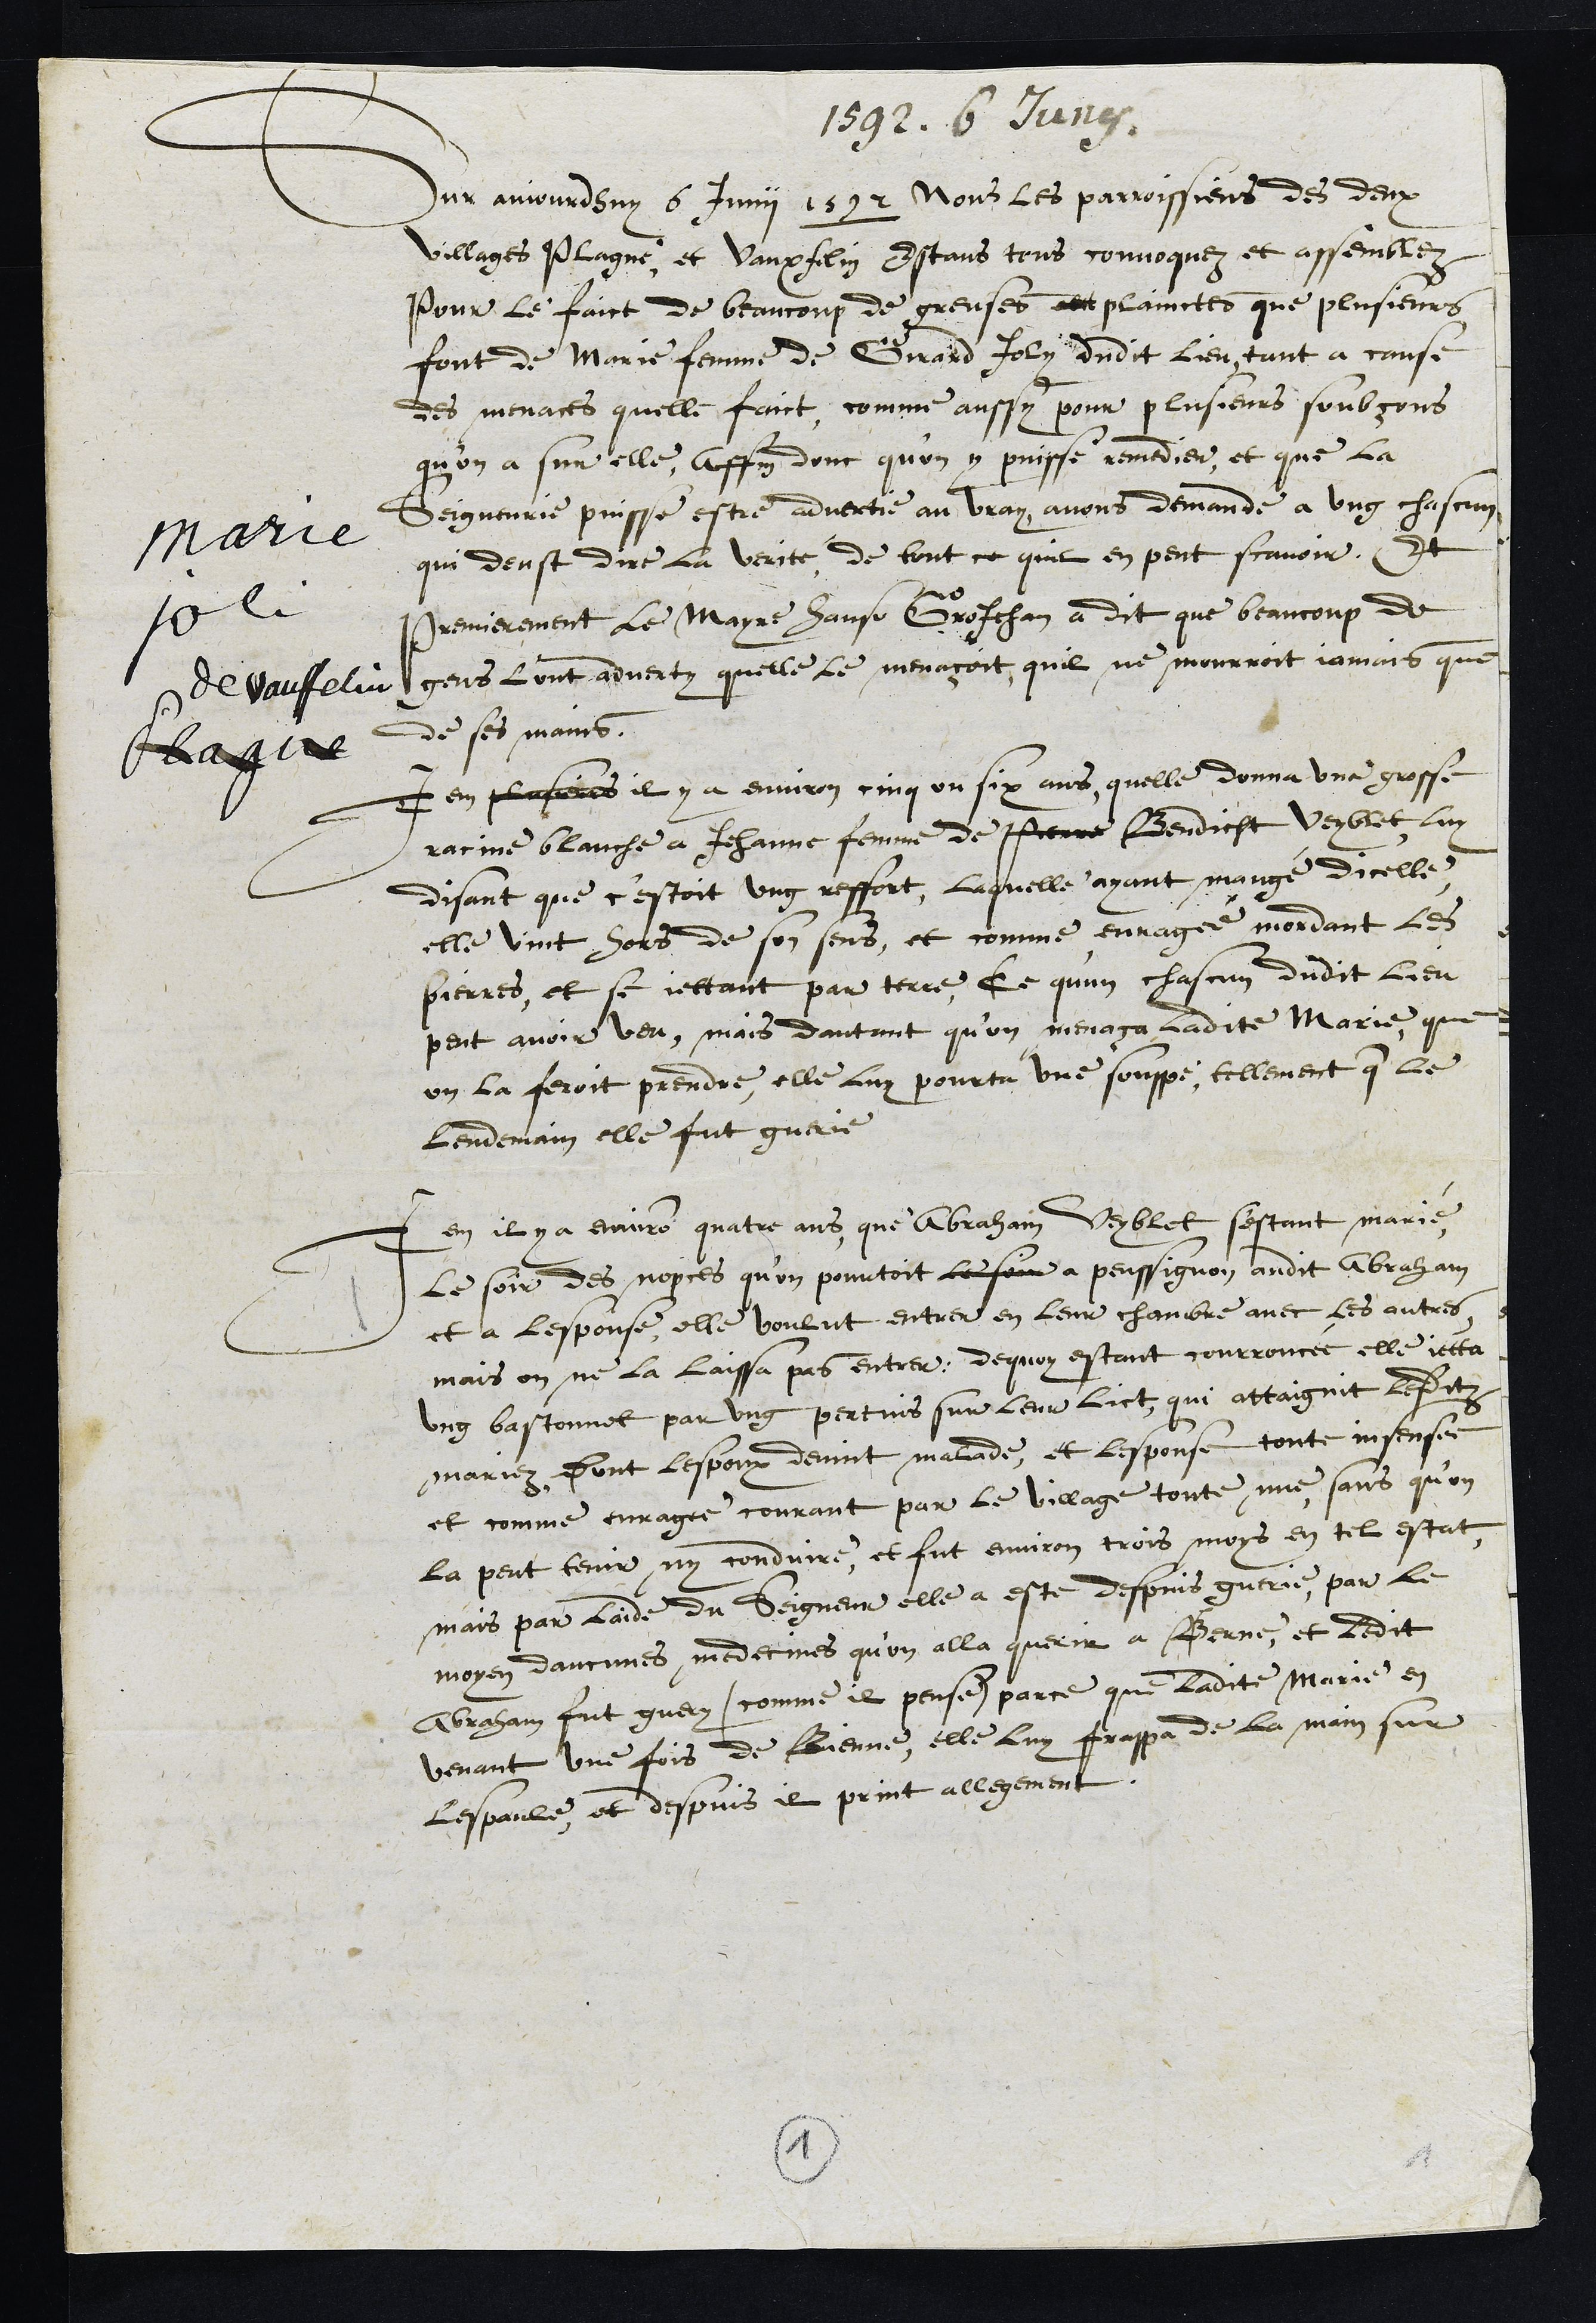
1594. 6 Juny
Marie
joli
de Vauffelin
Plagne
Sur aujourdhuy 6 Junii 1592 Nous les paroisiens des deux
villages Plagne, et Vauxfelin Estans tous convoquez et assemblez
Pour le faict de beaucoup de greuses plainctes que plusieurs
font de Marie femme de Girard Joly dudit Lieu, tant a cause
des menaces quelle faict, comme aussy pour plusieurs soubçons
qu'on a sur elle, affin donc qu'on y puisse remedier, et que la
Seigneurie puisse estre advertie au vray, avons demande a ung chascun
qui deust dire la verité, de tout ce quil en peut scavoir, Et
Premierement le Mayre Hanso GrosJehan a dit que beaucoup de
gens lont adverty quelle le menaçoit, quil ne mourroit jamais que
de ses mains.
Item plusieurs il y a environ cinq ou six ans, quelle donna une grosse
racine blanche a Jehanne femme de Pierre Bendicht Veyblet, luy
disant que c'estoit ung reffort, laquelle ayant mangé dicelle,
elle vint hors de son sens, et comme enragée mordant les
pierres, et se jettant par terre, Ce qu'un chascun dudit lieu
peut avoir veu, mais dautant qu’on menaça ladite Marie que
on la feroit prendre, elle luy pourta une souppe, tellement que le
lendemain elle fut guerie
Item il y a environ quatre ans que Abraham Veyblet s'estant marié,
Le soir des nopces qu'on pourtoit le soir a penssignon audit Abraham
et a lespouse elle voulut entrer en leur chambre avec les autres
mais on ne la laissa pas entrer, dequoy estant courroucée elle jetta
ung bastonnet par ung pertuis sur leur lict, qui attaignit lesditz
mariez, Dont lespoux devint malade, et lespouse toute insensee
et comme enragee courant par le village toute nue, sans qu'on
la peut tenir ny conduire, et fut environ trois moys en tel estat,
mais par laide du Seigneur elle a este depuis guerie, par le
moyen daucunes medecines qu'on alla querir a Berne, et ledit
Abraham fut guery (comme il pense) parce que ladite Marie en
venant une fois de Bienne, elle luy frappa de la main sur
lespaule, et depuis il print allegement.
1
1